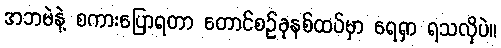
အဘမဲနဲ့ စကားပြောရတာ တောင်စဉ်ခုနစ်ထပ်မှာ ရေရှာ ရသလိုပဲ။